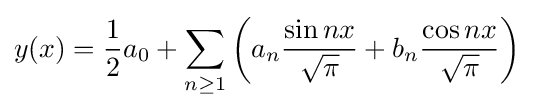
y(x)={\frac {1}{2}}a_{0}+\sum _{n\geq 1}\left(a_{n}{\frac {\sin nx}{\sqrt {\pi }}}+b_{n}{\frac {\cos nx}{\sqrt {\pi }}}\right)